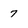
Character: 7